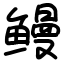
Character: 鳗